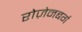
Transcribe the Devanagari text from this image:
रोज़ेनबर्ग